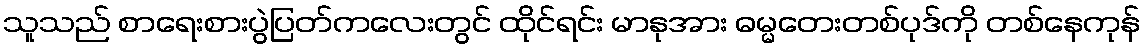
သူသည် စာရေးစားပွဲပြတ်ကလေးတွင် ထိုင်ရင်း မာနုအား ဓမ္မတေးတစ်ပုဒ်ကို တစ်နေကုန်